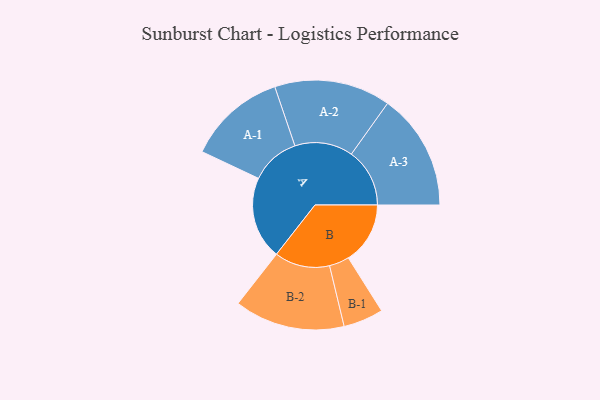
{"axis": {"x": "Segment", "y": "Value"}, "legend": ["", "A", "B"], "data": [{"x": "A", "y": 425, "type": ""}, {"x": "B", "y": 318, "type": ""}, {"x": "A-1", "y": 253, "type": "A"}, {"x": "A-2", "y": 299, "type": "A"}, {"x": "A-3", "y": 300, "type": "A"}, {"x": "B-1", "y": 103, "type": "B"}, {"x": "B-2", "y": 284, "type": "B"}]}